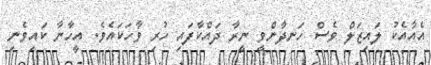
އެއާއެކު ލައިޒަލް ވެސް ހަނދާންވީ ނީރާ ދައްކާފައި ހުރި ވާހަކައެވެ. އީހާނާ ކައިވެނި